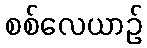
စစ်လေယာဉ်